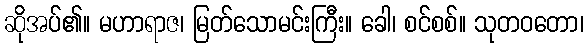
ဆိုအပ်၏။ မဟာရာဇ၊ မြတ်သောမင်းကြီး။ ခေါ၊ စင်စစ်။ သုတဝတော၊